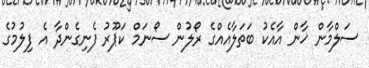
ސަލްމާން ޚާން އާއެކު ބަތަލާއެއްގެ ރޯލުން ސޯނަމް ކަޕޫރު ފެނިގެންދާ އެ ފިލުމުގެ